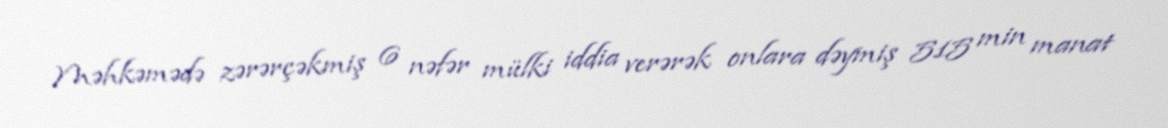
Məhkəmədə zərərçəkmiş 6 nəfər mülki iddia verərək onlara dəymiş 515 min manat